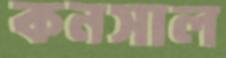
কনসাল